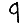
Digit: 9